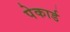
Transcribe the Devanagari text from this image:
पेकार्ड